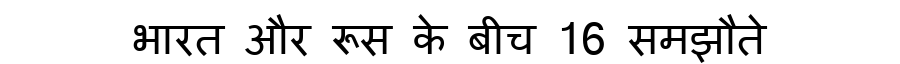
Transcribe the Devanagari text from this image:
भारत और रूस के बीच 16 समझौते